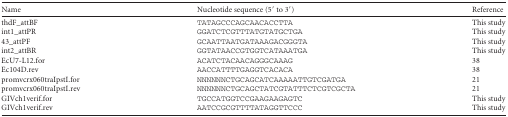
<table><thead><tr><td><b>Name</b></td><td><b>Nucleotide sequence (5′ to 3′)</b></td><td><b>Reference</b></td></tr></thead><tbody><tr><td>thdF_attBF</td><td>TATAGCCCAGCAACACCTTA</td><td>This study</td></tr><tr><td>int1_attPR</td><td>GGATCTCGTTTATGTATGCTGA</td><td>This study</td></tr><tr><td>43_attPF</td><td>GCAATTAATGATAAAGACGGGTA</td><td>This study</td></tr><tr><td>int2_attBR</td><td>GGTATAACCGTGGTCATAAATGA</td><td>This study</td></tr><tr><td>EcU7-L12.for</td><td>ACATCTACAACAGGGCAAAG</td><td>38</td></tr><tr><td>Ec104D.rev</td><td>AACCATTTTGAGGTCACACA</td><td>38</td></tr><tr><td>promvcrx060traIpstI.for</td><td>NNNNNNCTGCAGCATCAAAAATTGTCGATGA</td><td>21</td></tr><tr><td>promvcrx060traIpstI.rev</td><td>NNNNNNCTGCAGCTATCGTATTTCTCGTCGCTA</td><td>21</td></tr><tr><td>GIVch1verif.for</td><td>TGCCATGGTCCGAAGAAGAGTC</td><td>This study</td></tr><tr><td>GIVch1verif.rev</td><td>AATCCGCGTTTTATAGGTTCCC</td><td>This study</td></tr></tbody></table>